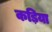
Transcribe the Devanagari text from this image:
कड़िया